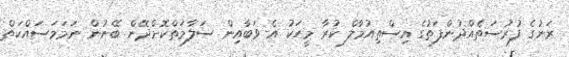
ރަނުގެ ފުރުސަތެއްދުންފަތުގެ އިސްތިއުމާލް ކުރާ މީހަކު އެ ވަބާއިން ސަލާމަތްކޮށްދޭން ބޭނުން ނަމަމަސައްކަތް